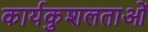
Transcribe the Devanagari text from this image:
कार्यकुशलताओं